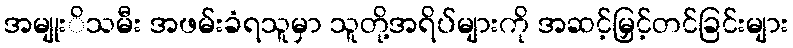
အမျုးိသမီး အဖမ်းခံရသူမှာ သူတို့အရိပ်များကို အဆင့်မြှင့်တင်ခြင်းများ